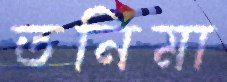
তনিমা